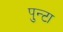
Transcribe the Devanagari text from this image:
पुन्टा